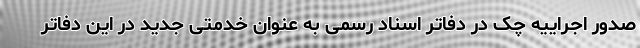
صدور اجراییه چک در دفاتر اسناد رسمی به عنوان خدمتی جدید در این دفاتر